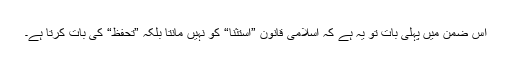
اس ضمن میں پہلی بات تو یہ ہے کہ اسلامی قانون ”استثنا“ کو نہیں مانتا بلکہ ”تحفظ“ کی بات کرتا ہے۔